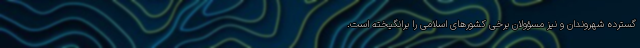
گسترده شهروندان و نیز مسؤولان برخی کشورهای اسلامی را برانگیخته است.